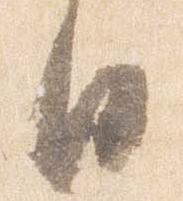
日